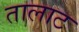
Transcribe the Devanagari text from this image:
तालाट